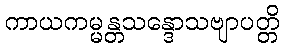
ကာယကမ္မန္တသန္ဒောသဗျာပတ္တိ